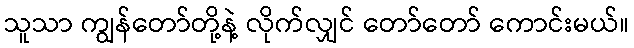
သူသာ ကျွန်တော်တို့နဲ့ လိုက်လျှင် တော်တော် ကောင်းမယ်။